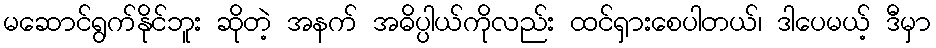
မဆောင်ရွက်နိုင်ဘူး ဆိုတဲ့ အနက် အဓိပ္ပါယ်ကိုလည်း ထင်ရှားစေပါတယ်၊ ဒါပေမယ့် ဒီမှာ